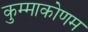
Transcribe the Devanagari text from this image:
कुम्माकोणम